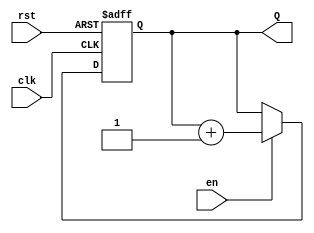
module binary_counter #(
    parameter N = 4   // Define the number of bits for the counter (default is 4 bits)
) (
    input wire clk,    // Clock input
    input wire rst,    // Asynchronous reset input
    input wire en,     // Enable input
    output reg [N-1:0] Q // Counter output
);

// Always block triggered on the rising edge of the clock or reset
always @(posedge clk or posedge rst) begin
    if (rst) begin
        Q <= 0; // Reset the counter to 0
    end else if (en) begin
        // Increment the counter if enabled and not reset
        Q <= Q + 1; 
    end
end

endmodule